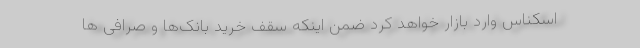
اسکناس وارد بازار خواهد کرد ضمن اینکه سقف خرید بانک‌ها و صرافی ها